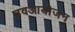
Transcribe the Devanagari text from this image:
नवआयोजन